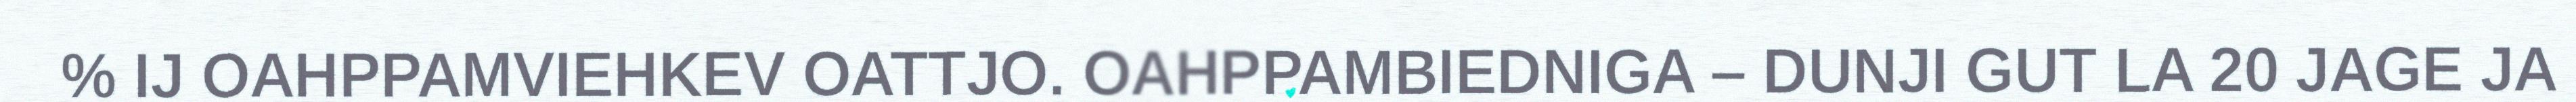
% IJ OAHPPAMVIEHKEV OATTJO. OAHPPAMBIEDNIGA – DUNJI GUT LA 20 JAGE JA